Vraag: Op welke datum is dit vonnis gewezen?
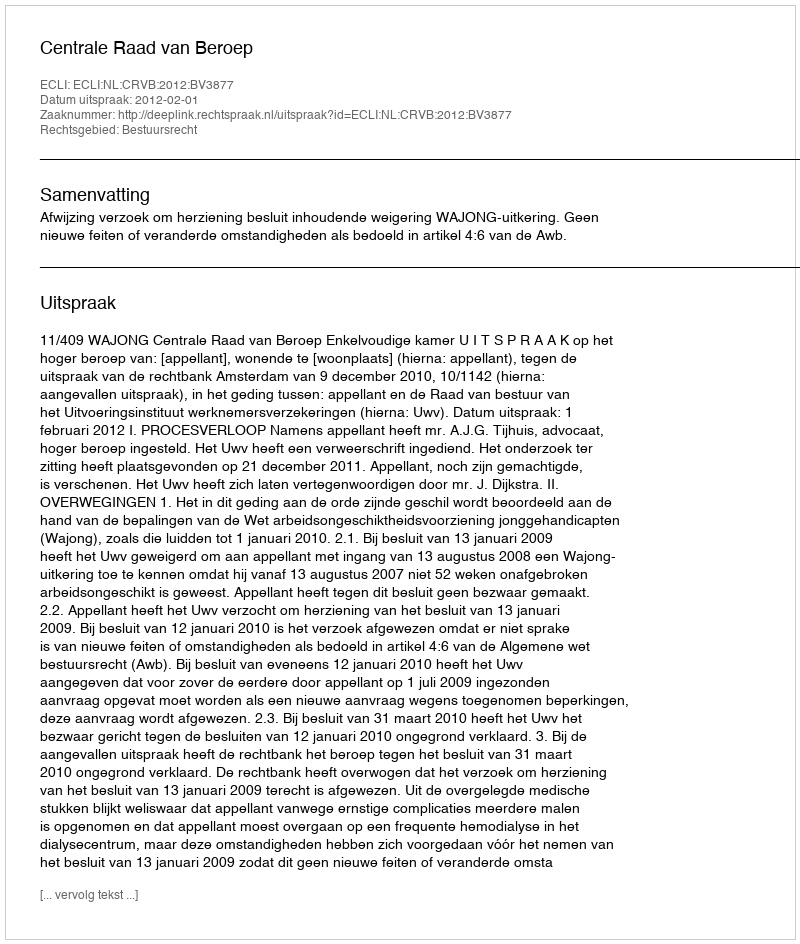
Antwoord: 2012-02-01